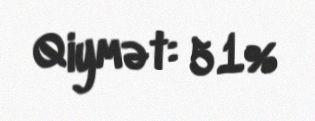
Qiymət: 51%